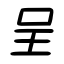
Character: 呈